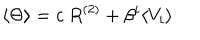
LaTeX: \langle \Theta \rangle = c ~ R ^ { ( 2 ) } + \beta ^ { i } \langle V _ { i } \rangle